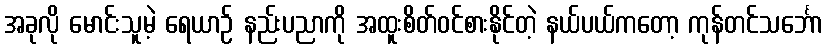
အခုလို မောင်းသူမဲ့ ရေယာဉ် နည်းပညာကို အထူးစိတ်ဝင်စားနိုင်တဲ့ နယ်ပယ်ကတော့ ကုန်တင်သင်္ဘော